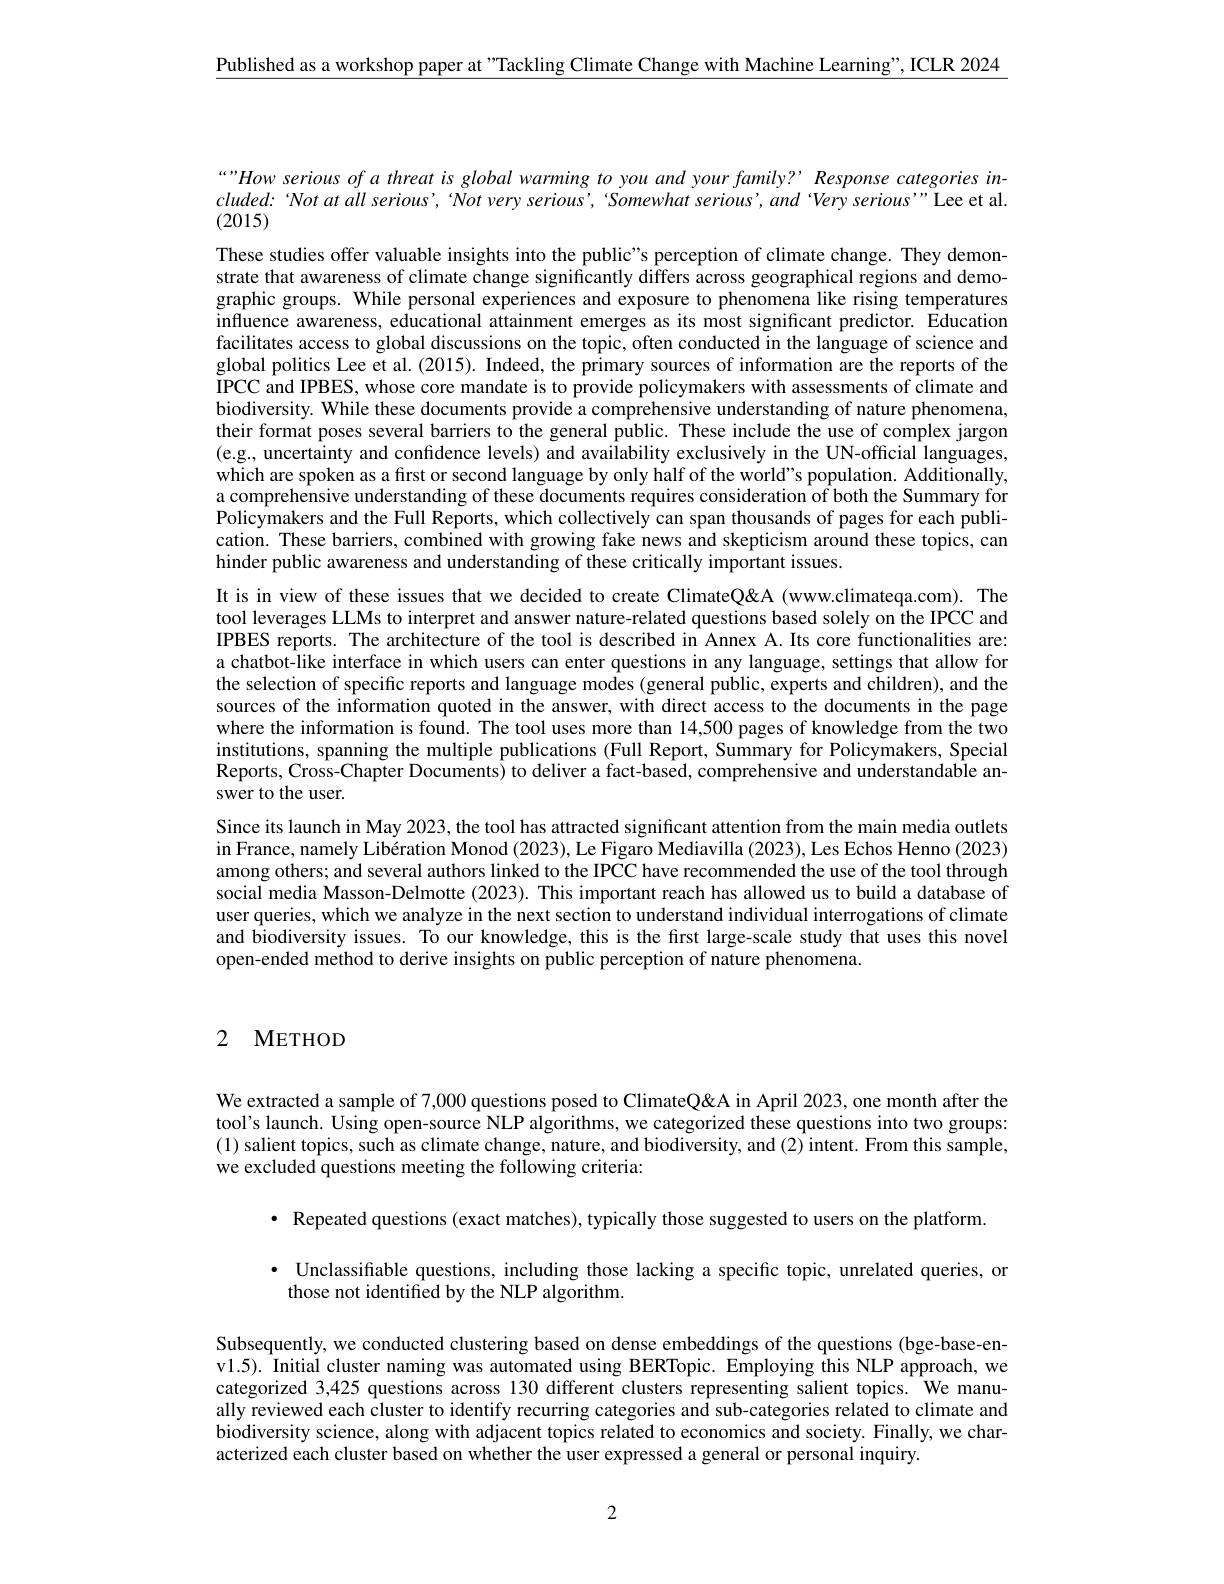
$\underline{\text{Published as a workshop paper at"Tackling Climate Change with Machine Learning", ICLR 2024}}$

“”How serious of a threat is global warming to you and your family? Response categories in- $cluded:$ Not at all serious', Not very serious', Somewhat serious', and Very serious'" Lee et al. (2015)

These studies offer valuable insights into the public"s perception of climate change. They demonstrate that awareness of climate change significantly differs across geographical regions and demographic groups. While personal experiences and exposure to phenomena like rising temperatures influence awareness, educational attainment emerges as its most significant predictor. Education facilitates access to global discussions on the topic, often conducted in the language of science and global politics Lee et al. (2015). Indeed, the primary sources of information are the reports of the IPCC and IPBES, whose core mandate is to provide policymakers with assessments of $\hat{\text{climate and}}$ biodiversity. While these documents provide a comprehensive understanding of nature phenomena, their format poses several barriers to the general public. These include the use of complex jargon (e.g., uncertainty and confıdence levels) and availability exclusively in the UN-official languages, which are spoken as a first or second language by only half of the world"s population. Additionally, a comprehensive understanding of these documents requires consideration of both the Summary for Policymakers and the Full Reports, which collectively can span thousands of pages for each publication. These barriers, combined with growing fake news and skepticism around these topics, can hinder public awareness and understanding of these critically important issues.

It is in view of these issues that we decided to create ClimateQ&A (www.climateqa.com). The tool leverages LLMs to interpret and answer nature-related questions based solely on the IPCC and IPBES reports. The architecture of the tool is described in Annex A. Its core functionalities are: a chatbot-like interface in which users can enter questions in any language, settings that allow for the selection of specific reports and language modes (general public, experts and children), and the sources of the information quoted in the answer, with direct access to the documents in the page where the information is found. The tool uses more than 14,500 pages of knowledge from the two institutions, spanning the multiple publications (Full Report, Summary for Policymakers, Special Reports, Cross-Chapter Documents) to deliver a fact-based, comprehensive and understandable answer to the user.
Since its launch in May 2023, the tool has attracted significant attention from the main media outlets in France, namely Libération Monod (2023), Le Figaro Mediavilla (2023), Les Echos Henno (2023) among others; and several authors linked to the IPCC have recommended the use of the tool through social media Masson-Delmotte (2023). This important reach has allowed us to build a database of user queries, which we analyze in the next section to understand individual interrogations of climate and biodiversity issues. To our knowledge, this is the first large-scale study that uses this novel open-ended method to derive insights on public perception of nature phenomena.

## 2 METHOD

We extracted a sample of 7,000 questions posed to ClimateQ&A in April 2023, one month after the tool's launch. Using open-source NLP algorithms, we categorized these questions into two groups: (1) salient topics, such as climate change, nature, and biodiversity, and (2) intent. From this sample, we excluded questions meeting the following criteria:

· Repeated questions (exact matches), typically those suggested to users on the platform.

· Unclassifiable questions, including those lacking a specific topic, unrelated queries, or
those not identified by the NLP algorithm.

Subsequently, we conducted clustering based on dense embeddings of the questions (bge-base-env1.5). Initial cluster naming was automated using BERTopic. Employing this NLP approach, we categorized 3,425 questions across 130 different clusters representing salient topics. We manually reviewed each cluster to identify recurring categories and sub-categories related to climate and biodiversity science, along with adjacent topics related to economics and society. Finally, we characterized each cluster based on whether the user expressed a general or personal inquiry.

2